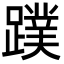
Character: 蹼